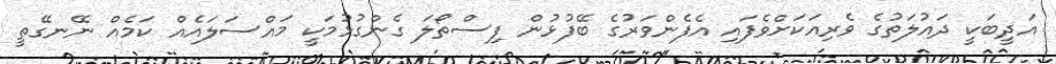
އަދީބަކީ ދައުލަތުގެ ވެރިއަކަށްވެފައި އެފެންވަރުގެ ބޭފުޅުން ފިސްތޯލަ ގެންގުޅުމަކީ މައްސަލައެއް ކަމެއް ނޭނގޭތީ